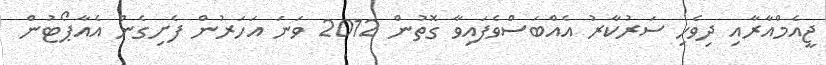
ޖީއެމްއާރާއި ދިވެހި ސަރުކާރު އެއްބަސްވެފައިވާ ގޮތުން 2012 ވަނަ އަހަރުން ފެށިގެން އެއާޕޯޓުން